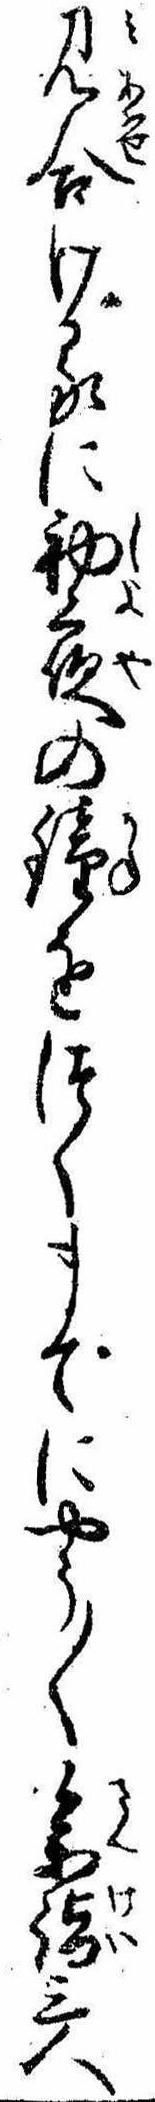
見合けるに初夜の鐘をつくまでにやう〱参詣三人